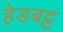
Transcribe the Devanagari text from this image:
हेडबट्ट